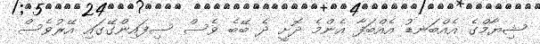
ޝިޔާމްގެ އެއްބަނޑު އެއްބަފާ އެންމެ ދޮށީ ދެ ބޭބެ ވެސް ސިފައިންގޭގައި އޭރުވެސް